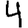
Digit: 4